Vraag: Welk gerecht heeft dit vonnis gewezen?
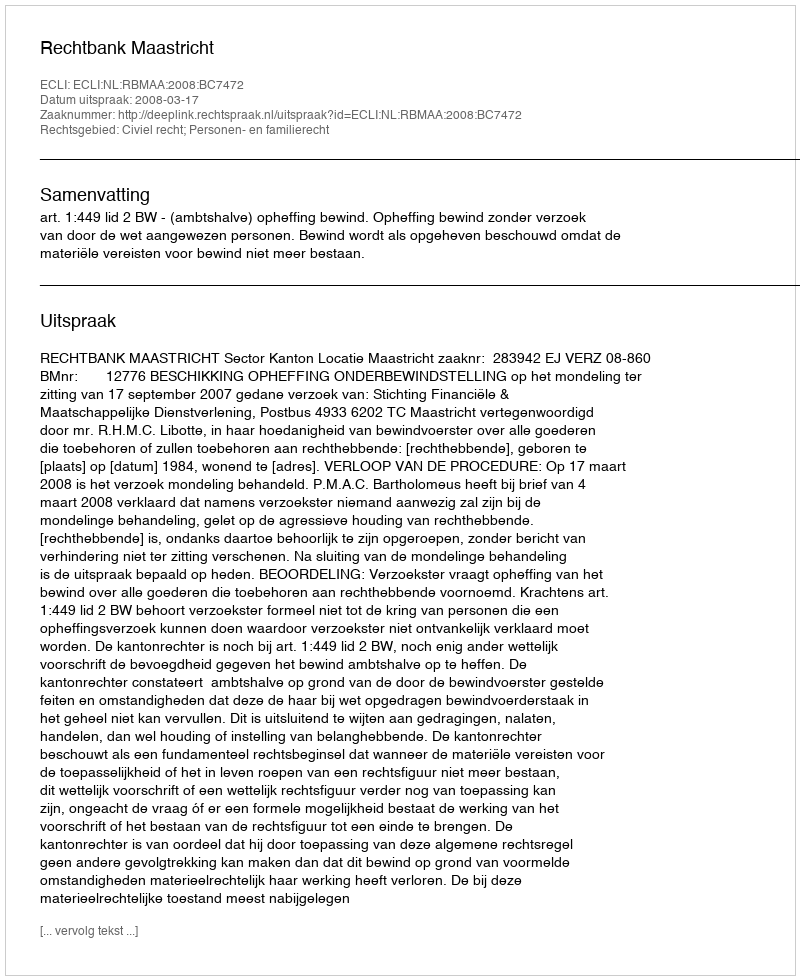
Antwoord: Rechtbank Maastricht